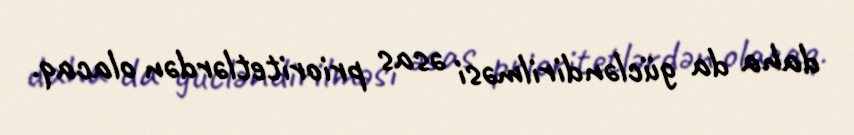
daha da gücləndirilməsi əsas prioritetlərdən olacaq.